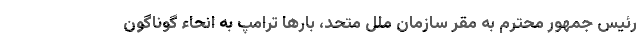
رئیس جمهور محترم به مقر سازمان ملل متحد، بارها ترامپ به انحاء گوناگون